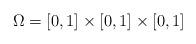
LaTeX: \begin{align*}\Omega =[0,1] \times [0,1] \times [0,1]\end{align*}